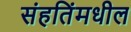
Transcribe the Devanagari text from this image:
संहतिंमधील